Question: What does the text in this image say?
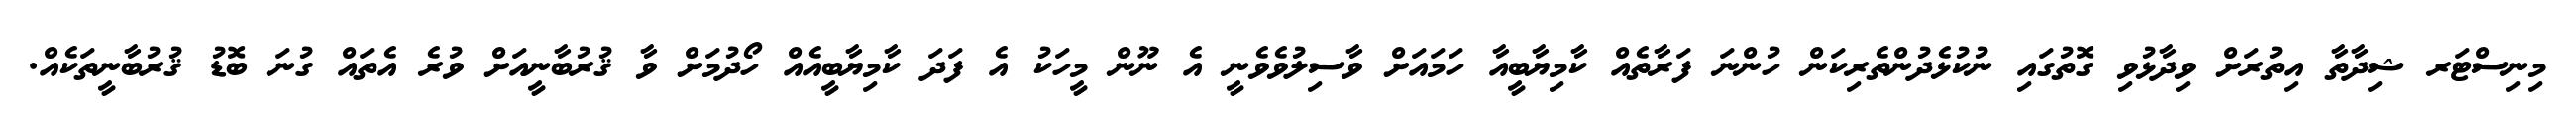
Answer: މިނިސްޓަރ ޝިދާތާ އިތުރަށް ވިދާޅުވި ގޮތުގައި ނުކުޅެދުންތެރިކަން ހުންނަ ފަރާތެއް ކާމިޔާބީއާ ހަމައަށް ވާސިލުވެވެނީ އެ ނޫން މީހަކު އެ ފަދަ ކާމިޔާބީއެއް ހޯދުމަށް ވާ ޤުރުބާނީއަށް ވުރެ އެތައް ގުނަ ބޮޑު ޤުރުބާނީތަކެއް.